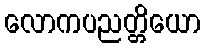
လောကပညတ္တိယော